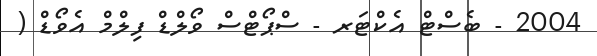
2004 - ބެސްޓް އެކްޓަރ - ސްޕޯޓްސް ވޯލްޑް ފިލްމް އެވޯޑް (